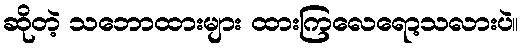
ဆိုတဲ့ သဘောထားများ ထားကြလေရော့သလားပဲ။